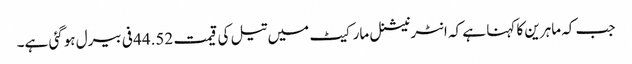
جب کہ ماہرین کا کہنا ہے کہ انٹرنیشنل مارکیٹ میں تیل کی قیمت 44.52 فی بیرل ہوگئی ہے۔